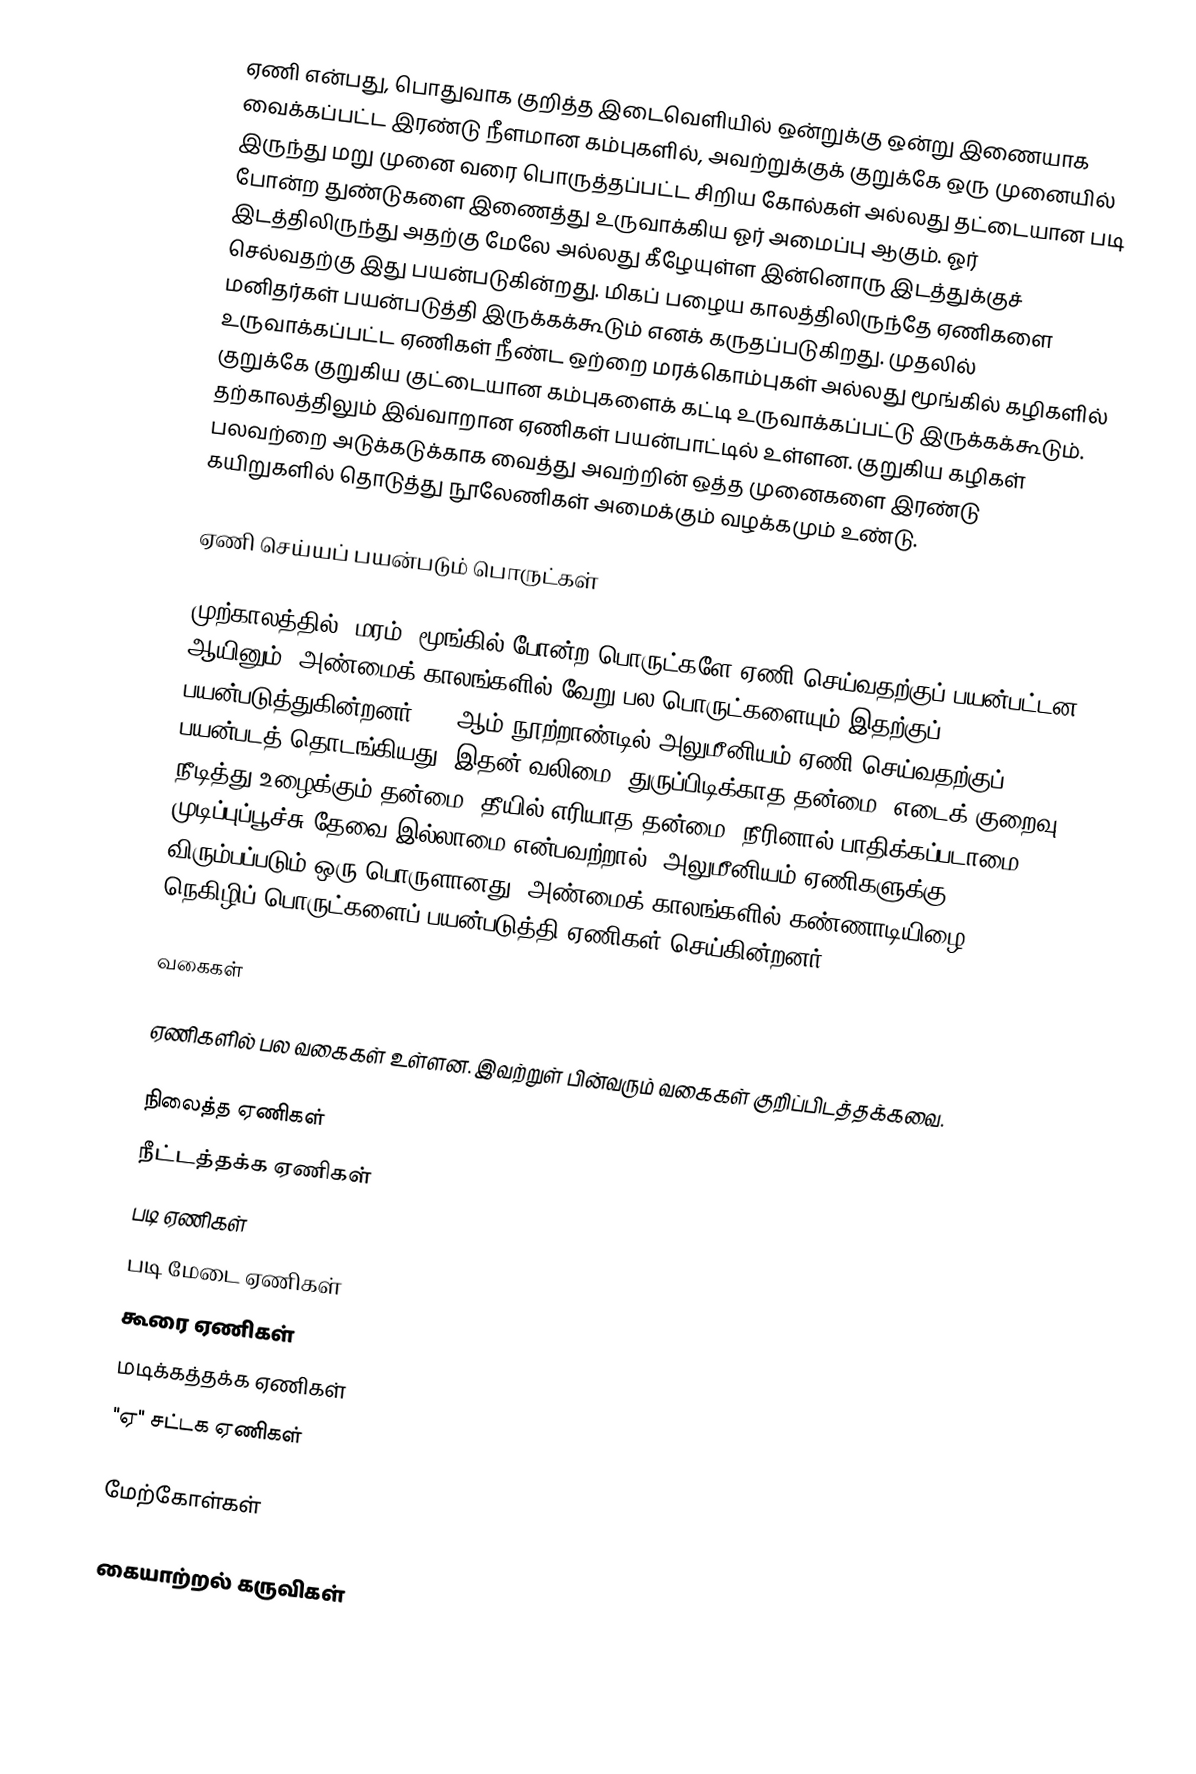
ஏணி என்பது, பொதுவாக குறித்த இடைவெளியில் ஒன்றுக்கு ஒன்று இணையாக வைக்கப்பட்ட இரண்டு நீளமான கம்புகளில், அவற்றுக்குக் குறுக்கே ஒரு முனையில் இருந்து மறு முனை வரை பொருத்தப்பட்ட சிறிய கோல்கள் அல்லது தட்டையான படி போன்ற துண்டுகளை இணைத்து உருவாக்கிய ஓர் அமைப்பு ஆகும். ஓர் இடத்திலிருந்து அதற்கு மேலே அல்லது கீழேயுள்ள இன்னொரு இடத்துக்குச் செல்வதற்கு இது பயன்படுகின்றது. மிகப் பழைய காலத்திலிருந்தே ஏணிகளை மனிதர்கள் பயன்படுத்தி இருக்கக்கூடும் எனக் கருதப்படுகிறது. முதலில் உருவாக்கப்பட்ட ஏணிகள் நீண்ட ஒற்றை மரக்கொம்புகள் அல்லது மூங்கில் கழிகளில் குறுக்கே குறுகிய குட்டையான கம்புகளைக் கட்டி உருவாக்கப்பட்டு இருக்கக்கூடும். தற்காலத்திலும் இவ்வாறான ஏணிகள் பயன்பாட்டில் உள்ளன. குறுகிய கழிகள் பலவற்றை அடுக்கடுக்காக வைத்து அவற்றின் ஒத்த முனைகளை இரண்டு கயிறுகளில் தொடுத்து நூலேணிகள் அமைக்கும் வழக்கமும் உண்டு.

ஏணி செய்யப் பயன்படும் பொருட்கள்

முற்காலத்தில், மரம், மூங்கில் போன்ற பொருட்களே ஏணி செய்வதற்குப் பயன்பட்டன ஆயினும், அண்மைக் காலங்களில் வேறு பல பொருட்களையும் இதற்குப் பயன்படுத்துகின்றனர். 20 ஆம் நூற்றாண்டில் அலுமீனியம் ஏணி செய்வதற்குப் பயன்படத் தொடங்கியது. இதன் வலிமை, துருப்பிடிக்காத தன்மை, எடைக் குறைவு, நீடித்து உழைக்கும் தன்மை, தீயில் எரியாத தன்மை, நீரினால் பாதிக்கப்படாமை, முடிப்புப்பூச்சு தேவை இல்லாமை என்பவற்றால், அலுமீனியம் ஏணிகளுக்கு விரும்பப்படும் ஒரு பொருளானது. அண்மைக் காலங்களில் கண்ணாடியிழை நெகிழிப் பொருட்களைப் பயன்படுத்தி ஏணிகள் செய்கின்றனர்.

வகைகள்

ஏணிகளில் பல வகைகள் உள்ளன. இவற்றுள் பின்வரும் வகைகள் குறிப்பிடத்தக்கவை.

 நிலைத்த ஏணிகள்
 நீட்டத்தக்க ஏணிகள்
 படி ஏணிகள்
 படி மேடை ஏணிகள்
 கூரை ஏணிகள்
 மடிக்கத்தக்க ஏணிகள்
 "ஏ" சட்டக ஏணிகள்

மேற்கோள்கள்

கையாற்றல் கருவிகள்